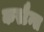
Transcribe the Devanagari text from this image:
कस्टैन्स